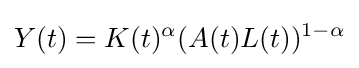
Y(t)=K(t)^{\alpha }(A(t)L(t))^{1-\alpha }